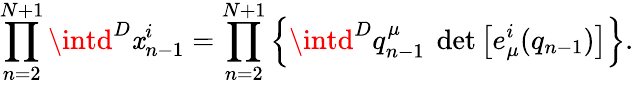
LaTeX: \prod_{n=2}^{N+1}\intd^{D}\mathit{x}_{n-1}^{i}=\prod_{n=2}^{N+1}\left\{ \intd^{D}q_{n-1}^{\mu}~\operatorname*{det}\left[e_{\mu}^{i}(q_{n-1})\right]\right\} .